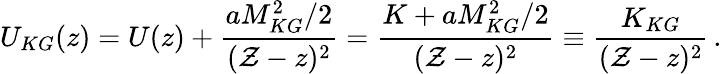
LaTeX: U_{KG}(z)=U(z)+{\frac{aM_{KG}^{2}/2}{({\cal Z}-z)^{2}}}={\frac{K+aM_{KG}^{2}/2}{({\cal Z}-z)^{2}}}\equiv{\frac{K_{KG}}{({\cal Z}-z)^{2}}}\, .